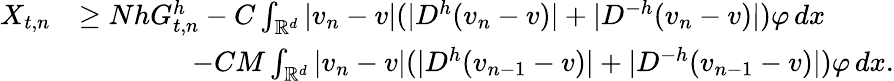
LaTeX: \begin{array}{rl}{X_{t,n}}&{\geq NhG_{t,n}^{h}-C\int_{{\mathbb{R}}^{d}}|v_{n}-v|(|D^{h}(v_{n}-v)|+|D^{-h}(v_{n}-v)|)\varphi\, dx}\\ &{\qquad\qquad-CM\int_{{\mathbb{R}}^{d}}|v_{n}-v|(|D^{h}(v_{n-1}-v)|+|D^{-h}(v_{n-1}-v)|)\varphi\, dx.}\end{array}